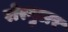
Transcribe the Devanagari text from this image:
रोरमुलर